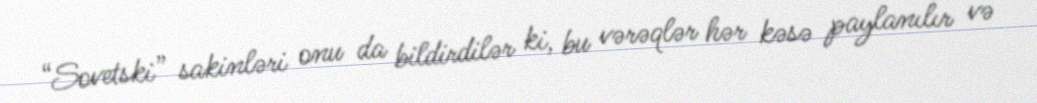
“Sovetski” sakinləri onu da bildirdilər ki, bu vərəqlər hər kəsə paylanılır və